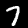
Label: 7